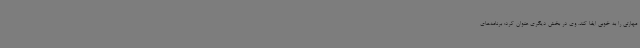
مهارتی را به خوبی ایفا کند. وی در بخش دیگری عنوان کرد: برنامه‌های